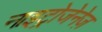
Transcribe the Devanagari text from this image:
नाइट्रोजेनेज़